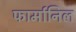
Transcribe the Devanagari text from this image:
फार्मानिल